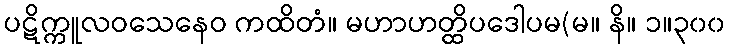
ပဋိက္ကူလဝသေနေဝ ကထိတံ။ မဟာဟတ္ထိပဒေါပမ(မ။ နိ။ ၁။၃၀၀